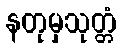
နတုမှသုတ္တံ